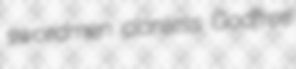
swordmen clanless Godfree